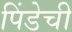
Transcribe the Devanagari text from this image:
पिंडेची